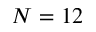
N = 1 2